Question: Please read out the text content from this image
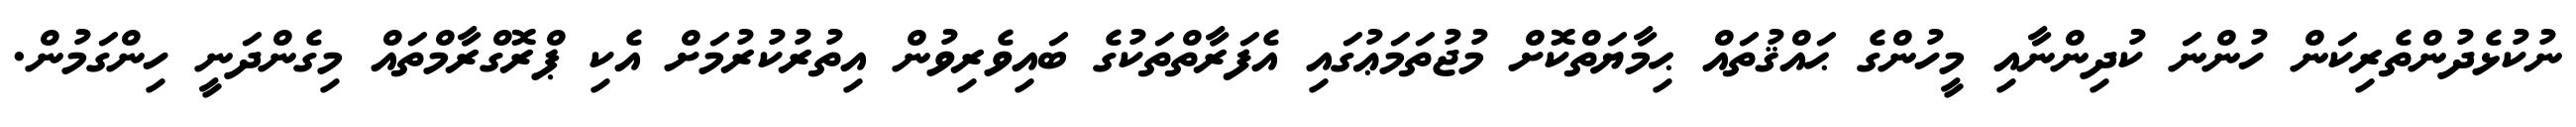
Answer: ނުކުޅެދުންތެރިކަން ހުންނަ ކުދިންނާއި މީހުންގެ ޙައްޤުތައް ޙިމާޔަތްކޮށް މުޖުތަމަޢުގައި އެފަރާތްތަކުގެ ބައިވެރިވުން އިތުރުކުރުމަށް އެކި ޕްރޮގްރާމްތައް މިގެންދަނީ ހިންގަމުން.